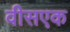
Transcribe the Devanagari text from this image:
वीसएक